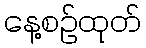
နေ့စဉ်ထုတ်